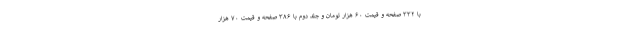
با ۳۳۲ صفحه و قیمت ۶۰ هزار تومان و جلد دوم با ۳۸۶ صفحه و قیمت ۷۰ هزار